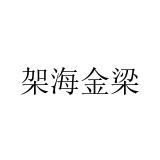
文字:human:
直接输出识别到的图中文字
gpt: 架海金梁